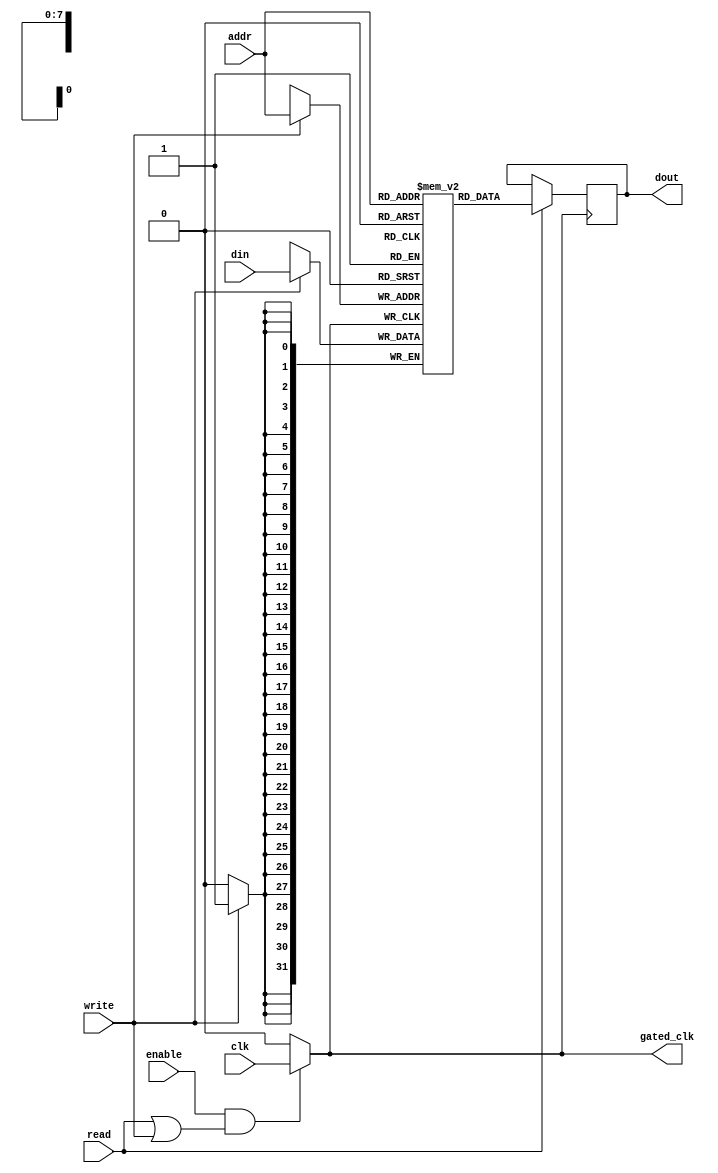
module memory_block (
    input wire clk,           // Primary clock input
    input wire enable,        // Control signal to enable memory block
    input wire read,          // Control signal for read operation
    input wire write,         // Control signal for write operation
    input wire [7:0] addr,    // Address input for memory access
    input wire [31:0] din,    // Data input for write operation
    output wire [31:0] dout,   // Data output for read operation
    output wire gated_clk      // Gated clock output
);

    // Memory array definition (e.g., 256 x 32 bits)
    reg [31:0] memory [0:255];
    reg [31:0] data_out;

    // Clock gating logic
    wire clock_gating_enable;
    assign clock_gating_enable = enable && (read || write); // Clock is enabled for read or write
    assign gated_clk = clock_gating_enable ? clk : 1'b0; // Gated clock signal

    // Memory read/write operations controlled by gated clock
    always @(posedge gated_clk) begin
        if (write) begin
            memory[addr] <= din; // Write data to memory
        end
        if (read) begin
            data_out <= memory[addr]; // Read data from memory
        end
    end

    // Assign the output data
    assign dout = data_out;

endmodule